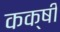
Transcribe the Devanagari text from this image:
कक्षी